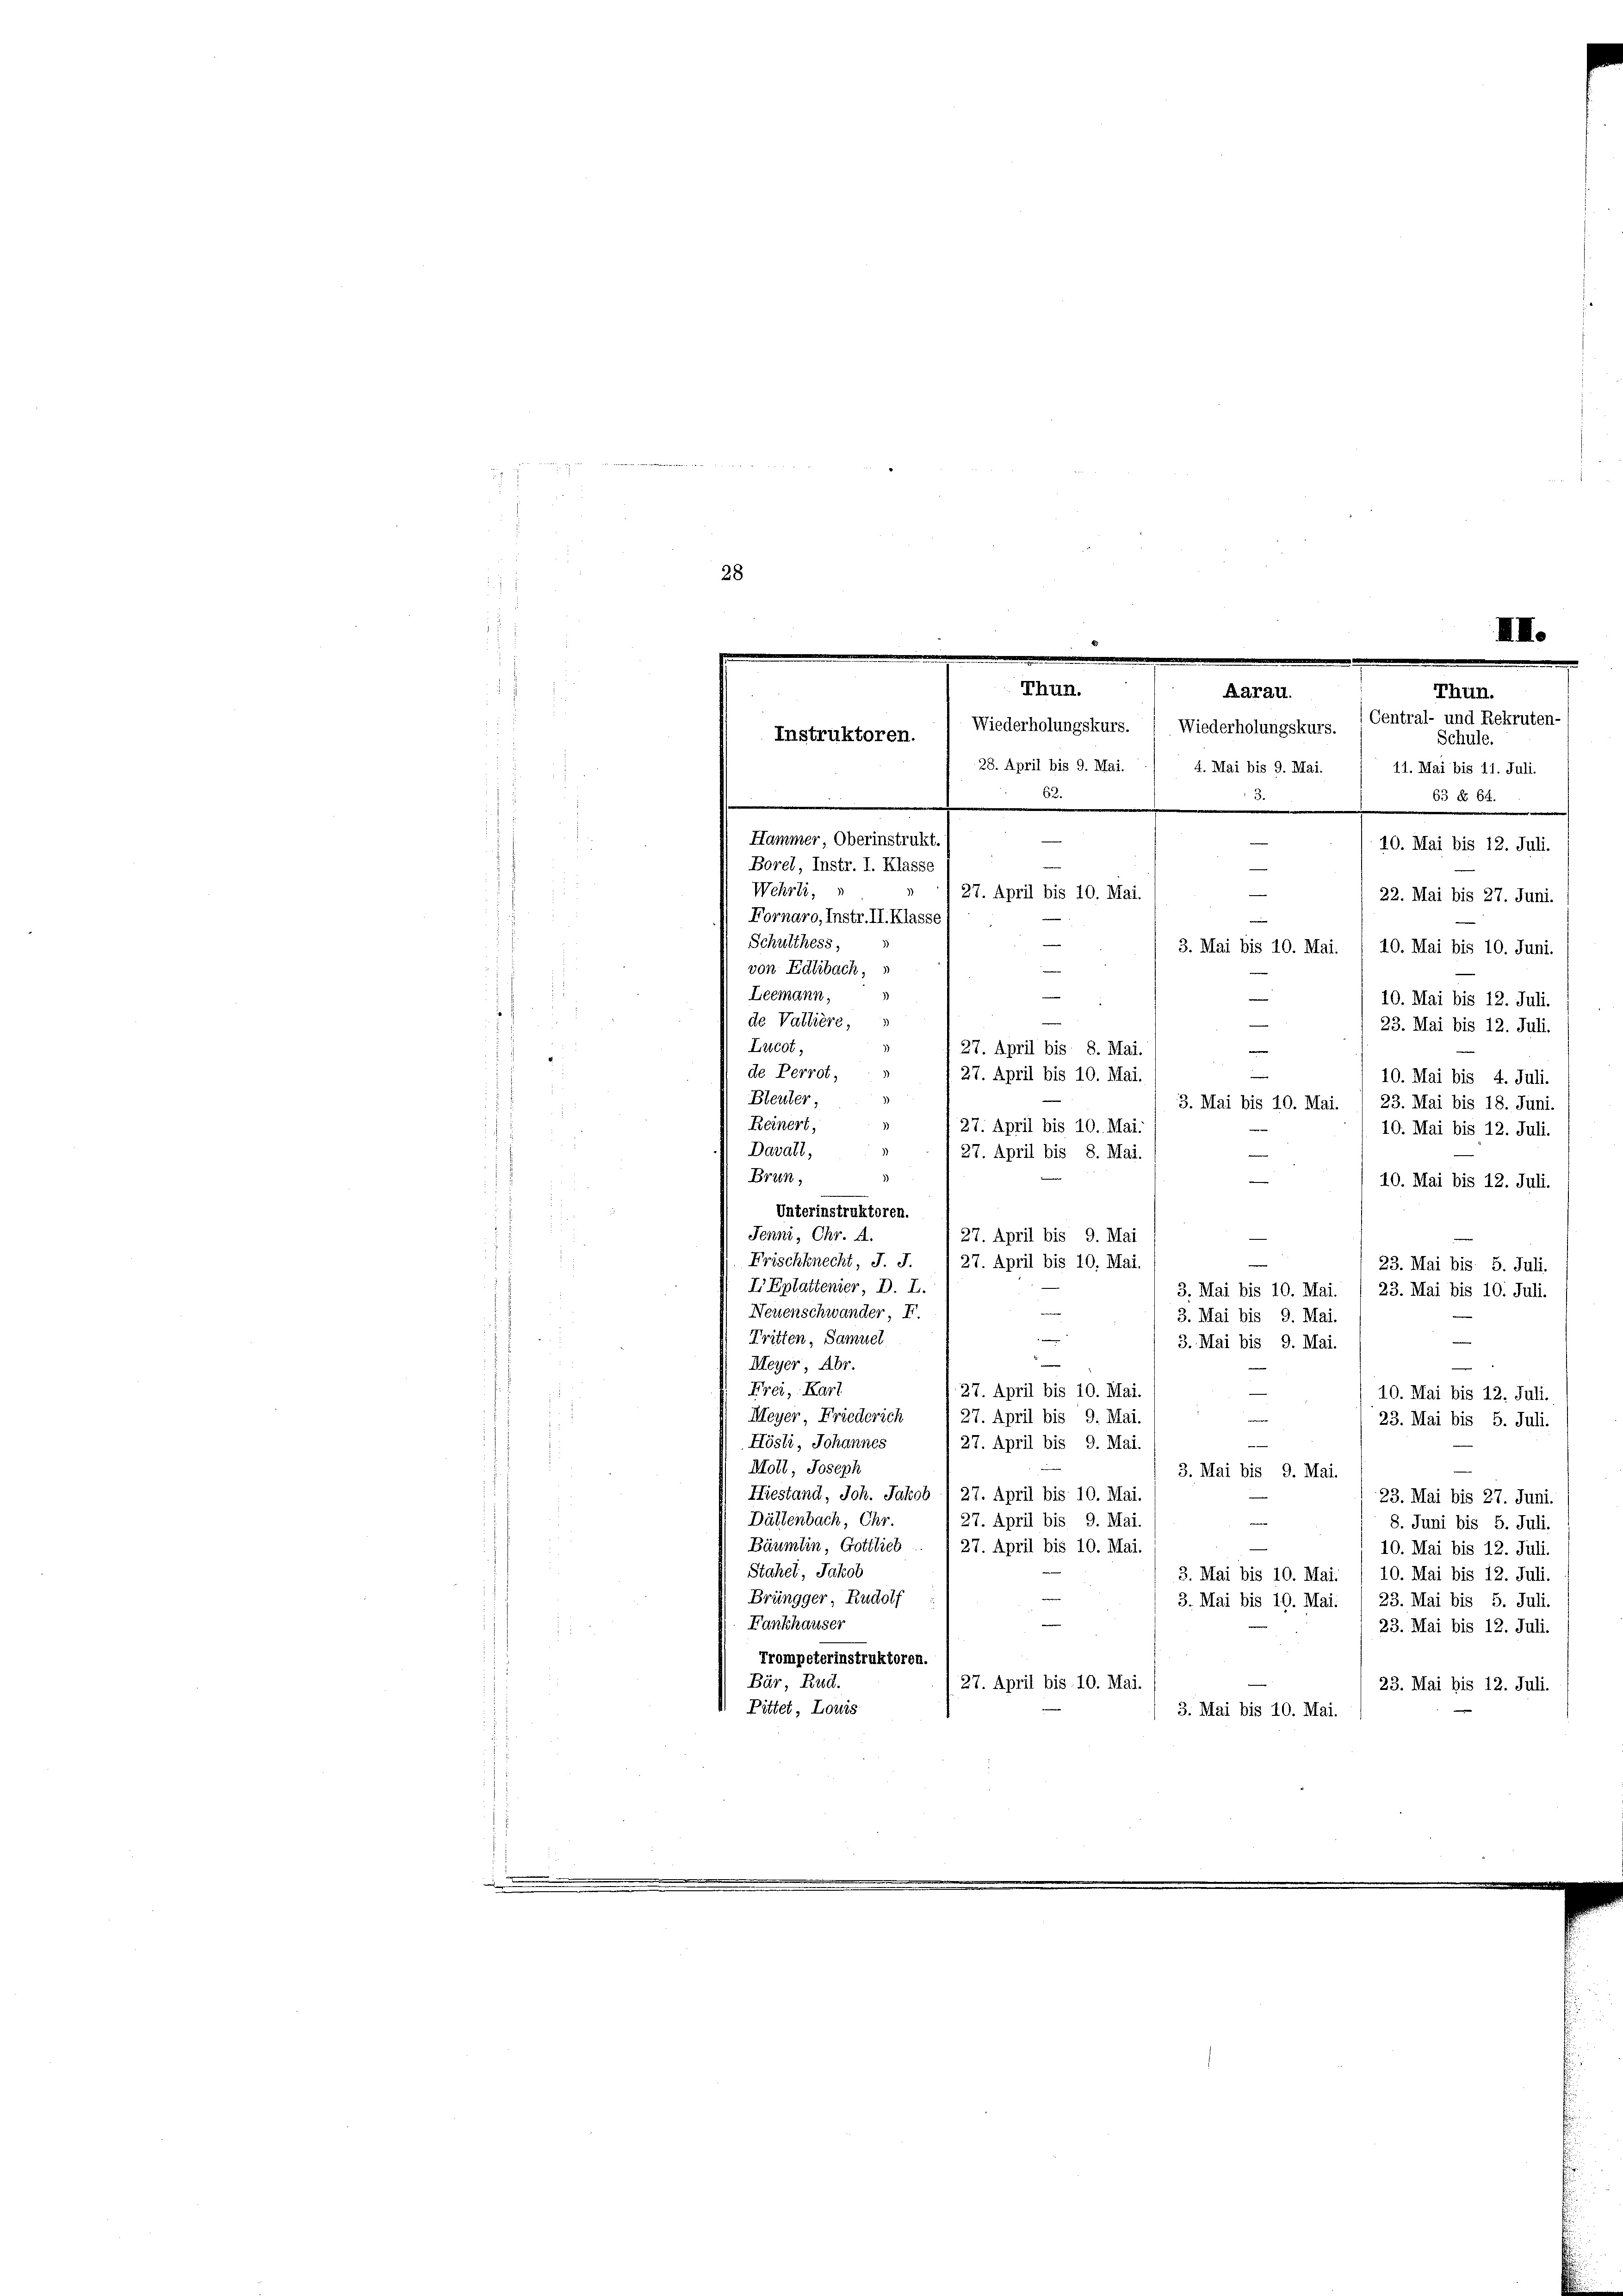
etlich in der
28

de Vallière,
Lucot,
z
.
de Perrot,
27. April bis 10. Mai.
10. Mai bis 4. Juli.
d
Bleuter,
3)
3. Mai bis 10. Mai. , 23. Mai bis 18. Juni.
Reinert,
1)
27. April bis 10. Mai.
10. Mai bis 12. Juli.
.2
Davall,
27. April bis 8. Mai
e
3
Breen,
10. Mai bis 12. Juli.
e
Unterinstruktoren.
1
Jenni, Chr. A.
27. April bis 9. Mai
Frischknecht, J. J.

27. April bis 10. Mai,
23. Mai bis 5. Juli.
I Eplattenier, D. I.
3. Mai bis 10. Mai. 1 23. Mai bis 10. Juli.
Neuenschwander, F.
3. Mai bis 9. Mai.
i
Tritten, Samuel
3. Mai bis 9. Mai.
Meyer, Abr.
Frei, Karl
27. April bis 10. Mai.
10. Mai bis 12. Juli.
e
Meyer, Friederich
27. April bis 9. Mai
23. Mai bis 5. Juli.
Hösli, Johannes
27. April bis 9. Mai
Moll, Joseph
3. Mai bis 9. Mai
Hiestand, Joh. Jakob (27. April bis 10. Mai.
23. Mai bis 27. Juni.
Dättenbach, Chr.
e
27. April bis 9. Mai.
8. Juni bis 5. Juli
Bäumlin, Gottlieb. 1 27. April bis 10. Mai.
10. Mai bis 12. Juli.
Stahel, Jakob
3. Mai bis 10. Mai: / 10. Mai bis 12. Juli.
Brüngger, Rudolf
3. Mai bis 19. Mai. / 23. Mai bis 5. Juli.
Fankhauser
23. Mai bis 12. Juli.
Trompeterinstruktoren.
Bär, Rud.
27. April bis 10. Mai.
23. Mai bis 12. Juli.
Pittet, Louis
3. Mai bis 10. Mai.

IIII.
e
Thun.
Thun.
Aarau.
Central- und Rekruten-
i
Wiederholungskurs. ( Wiederholungskurs.
Instruktoren.
Schule.
28. April bis 9. Mai. / 4. Mai bis 9. Mai. 11. Mai bis 11. Juli.
63.
3. 63 f. 64.
.
Hammer Oberinstrukt.
10. Mai bis 12. Juli.
Borel, Instr. I. Klasse
Wehrli,
27. April bis 10. Mai.
22. Mai bis 27. Juni.
g.
Fornaro, Instr. II. Klasse
e
.
Schulthess,
3. Mai bis 10. Mai. / 10. Mai bis 10. Juni.
von Edtbach,
Leemann,
—
10. Mai bis 12. Juli.

23. Mai bis 12. Juli.
e
27. April bis 8. Mai.